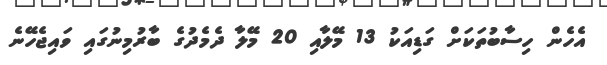
އެހެން ހިސާބުތަކަށް ގަޑިއަކު 13 މޭލާއި 20 މޭލާ ދެމެދުގެ ބާރުމިނުގައި ވައިޖެހޭނެ